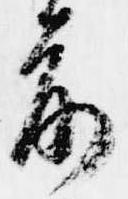
前